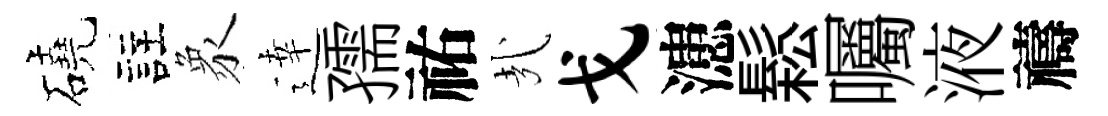
磽註象逹孺祐㢤戈漶鬆囑液禱